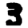
Digit: 3